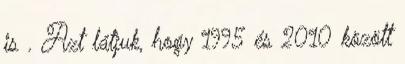
is . Azt látjuk, hogy 1995 és 2010 között